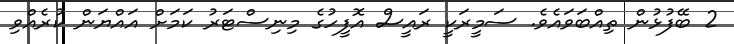
2 ބޭފުޅުން ތިއްބަވައެވެ. ސަމީރަކީ ރައީސް އޮފީހުގެ މިނިސްޓަރު ކަމަށް އައްޔަން ކުރެއްވި